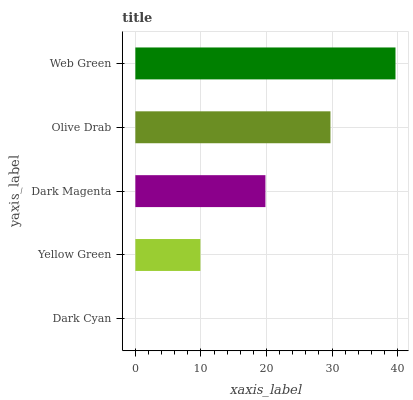
| yaxis_label | bars |
 | --- | --- |
 | Dark Cyan | 0 |
 | Yellow Green | 9.92 |
 | Dark Magenta | 19.8 |
 | Olive Drab | 29.8 |
 | Web Green | 39.7 |